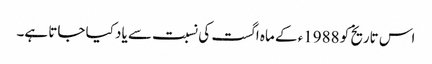
اس تاریخ کو 1988ء کے ماہ اگست کی نسبت سے یاد کیا جاتا ہے۔